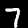
Label: 7